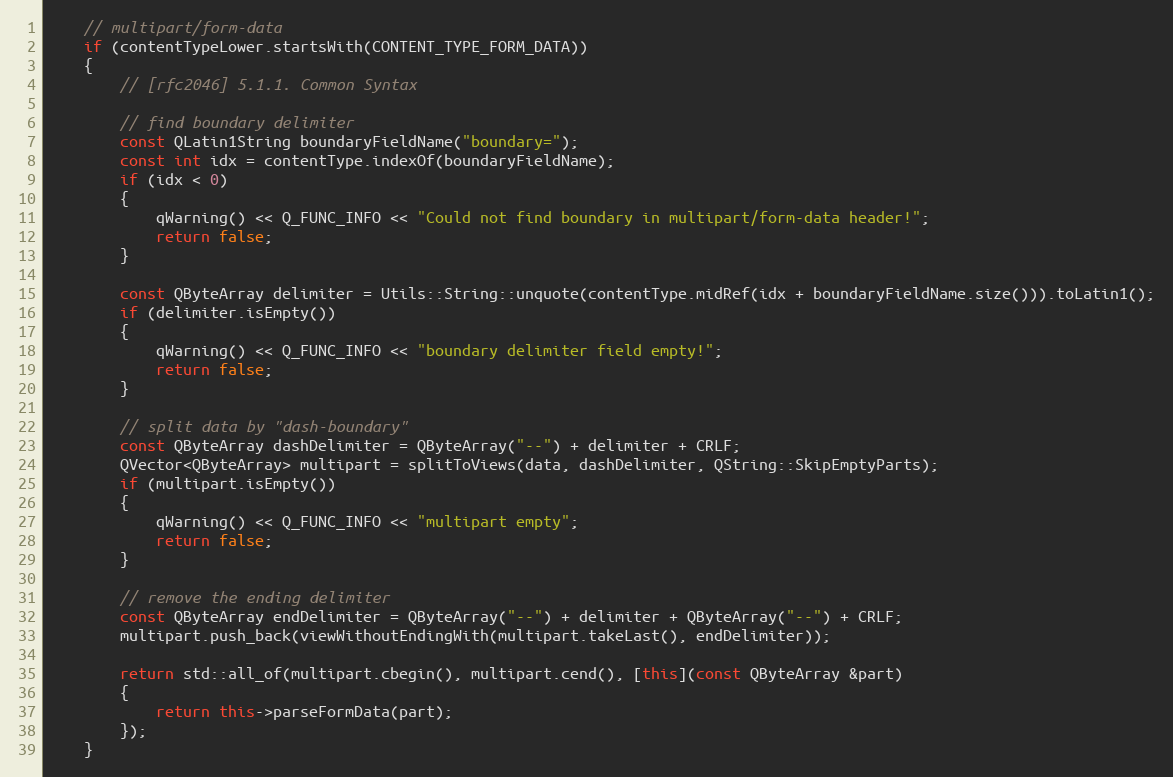
Language: C++
    // multipart/form-data
    if (contentTypeLower.startsWith(CONTENT_TYPE_FORM_DATA))
    {
        // [rfc2046] 5.1.1. Common Syntax

        // find boundary delimiter
        const QLatin1String boundaryFieldName("boundary=");
        const int idx = contentType.indexOf(boundaryFieldName);
        if (idx < 0)
        {
            qWarning() << Q_FUNC_INFO << "Could not find boundary in multipart/form-data header!";
            return false;
        }

        const QByteArray delimiter = Utils::String::unquote(contentType.midRef(idx + boundaryFieldName.size())).toLatin1();
        if (delimiter.isEmpty())
        {
            qWarning() << Q_FUNC_INFO << "boundary delimiter field empty!";
            return false;
        }

        // split data by "dash-boundary"
        const QByteArray dashDelimiter = QByteArray("--") + delimiter + CRLF;
        QVector<QByteArray> multipart = splitToViews(data, dashDelimiter, QString::SkipEmptyParts);
        if (multipart.isEmpty())
        {
            qWarning() << Q_FUNC_INFO << "multipart empty";
            return false;
        }

        // remove the ending delimiter
        const QByteArray endDelimiter = QByteArray("--") + delimiter + QByteArray("--") + CRLF;
        multipart.push_back(viewWithoutEndingWith(multipart.takeLast(), endDelimiter));

        return std::all_of(multipart.cbegin(), multipart.cend(), [this](const QByteArray &part)
        {
            return this->parseFormData(part);
        });
    }